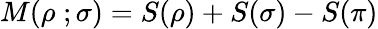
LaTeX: M(\rho\; ;\sigma)=S(\rho)+S(\sigma)-S(\pi)